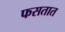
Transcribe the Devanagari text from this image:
फसतात